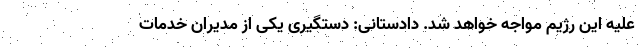
علیه این رژیم مواجه خواهد شد. دادستانی: دستگیری یکی از مدیران خدمات